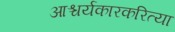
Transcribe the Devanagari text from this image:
आश्चर्यकारकरित्या